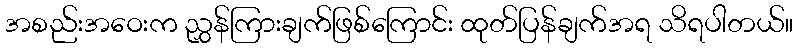
အစည်းအဝေးက ညွှန်ကြားချက်ဖြစ်ကြောင်း ထုတ်ပြန်ချက်အရ သိရပါတယ်။